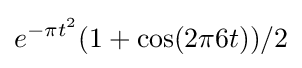
e^{-\pi t^{2}}(1+\cos(2\pi 6t))/2